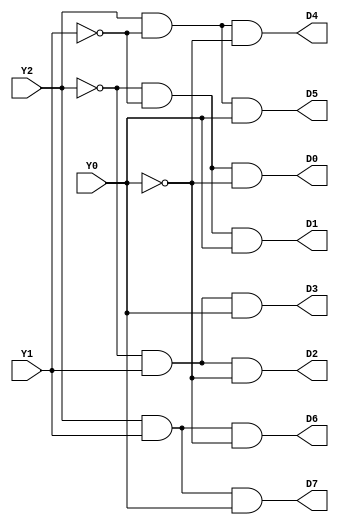
module decoder_3_8(Y0, Y1, Y2, D0, D1, D2, D3, D4, D5,D6, D7);
	
	input Y0, Y1, Y2;
	output D0, D1, D2, D3, D4, D5,D6, D7;
	
	wire w1, w2, w3;
	
	not i1(w1, Y0);
	not i2(w2, Y1);
	not i3(w3, Y2);

	and o1(D0, w3, w2, w1);
	and o2(D1, w3, w2, Y0);
	and o3(D2, w3, Y1, w1);
	and o4(D3, w3, Y1, Y0);
	and o5(D4, Y2, w2, w1);
	and o6(D5, Y2, w2, Y0);
	and o7(D6, Y2, Y1, w1);
	and o8(D7, Y2, Y1, Y0);
   
endmodule